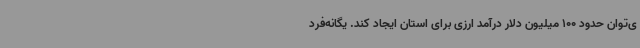
ی‌توان حدود 100 میلیون دلار درآمد ارزی برای استان ایجاد کند. یگانه‌فرد